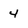
Character: 4